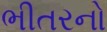
ભીતરનો